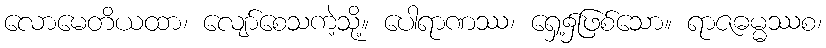
လောမေတိယထာ၊ လျော်စေသကဲ့သို့။ ပေါရာဏဿ၊ ရှေ့၌ဖြစ်သော။ ရာဇဓမ္မဿစ၊